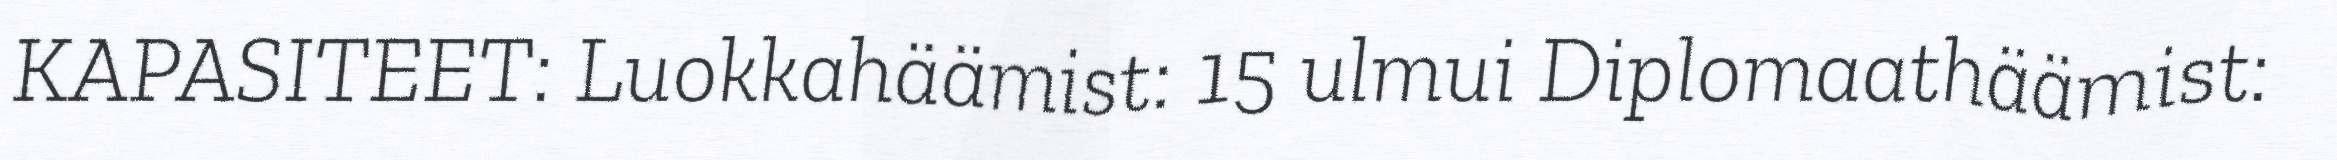
KAPASITEET: Luokkahäämist: 15 ulmui Diplomaathäämist: